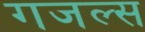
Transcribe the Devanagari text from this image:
गजल्स